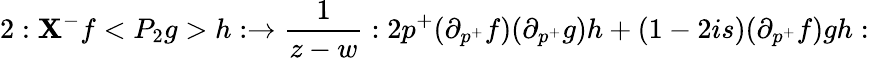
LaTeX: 2:\mathbf{X}^{-}f<{P_{2}}g>h:\rightarrow\frac{1}{{z-w}}:2p^{+}(\partial_{p^{+}}f)(\partial_{p^{+}}g)h+(1-2is)(\partial_{p^{+}}f)gh: